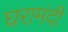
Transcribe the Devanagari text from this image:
घरामंदी